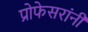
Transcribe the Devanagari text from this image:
प्रोफेसरांनी